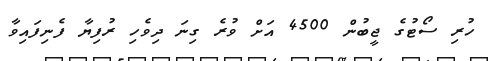
ހުރި ސޯޓުގެ ޖީބުން 4500 އަށް ވުރެ ގިނަ ދިވެހި ރުފިޔާ ފެނިފައިވާ